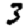
Digit: 3